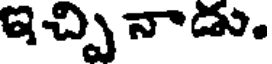
ఇచ్చి నాడు.